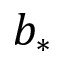
b _ { * }